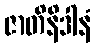
ဇာတိနိဒါနံ